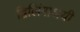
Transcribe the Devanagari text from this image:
द्विलिंगाश्रयी